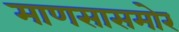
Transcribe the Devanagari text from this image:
माणसासमोर